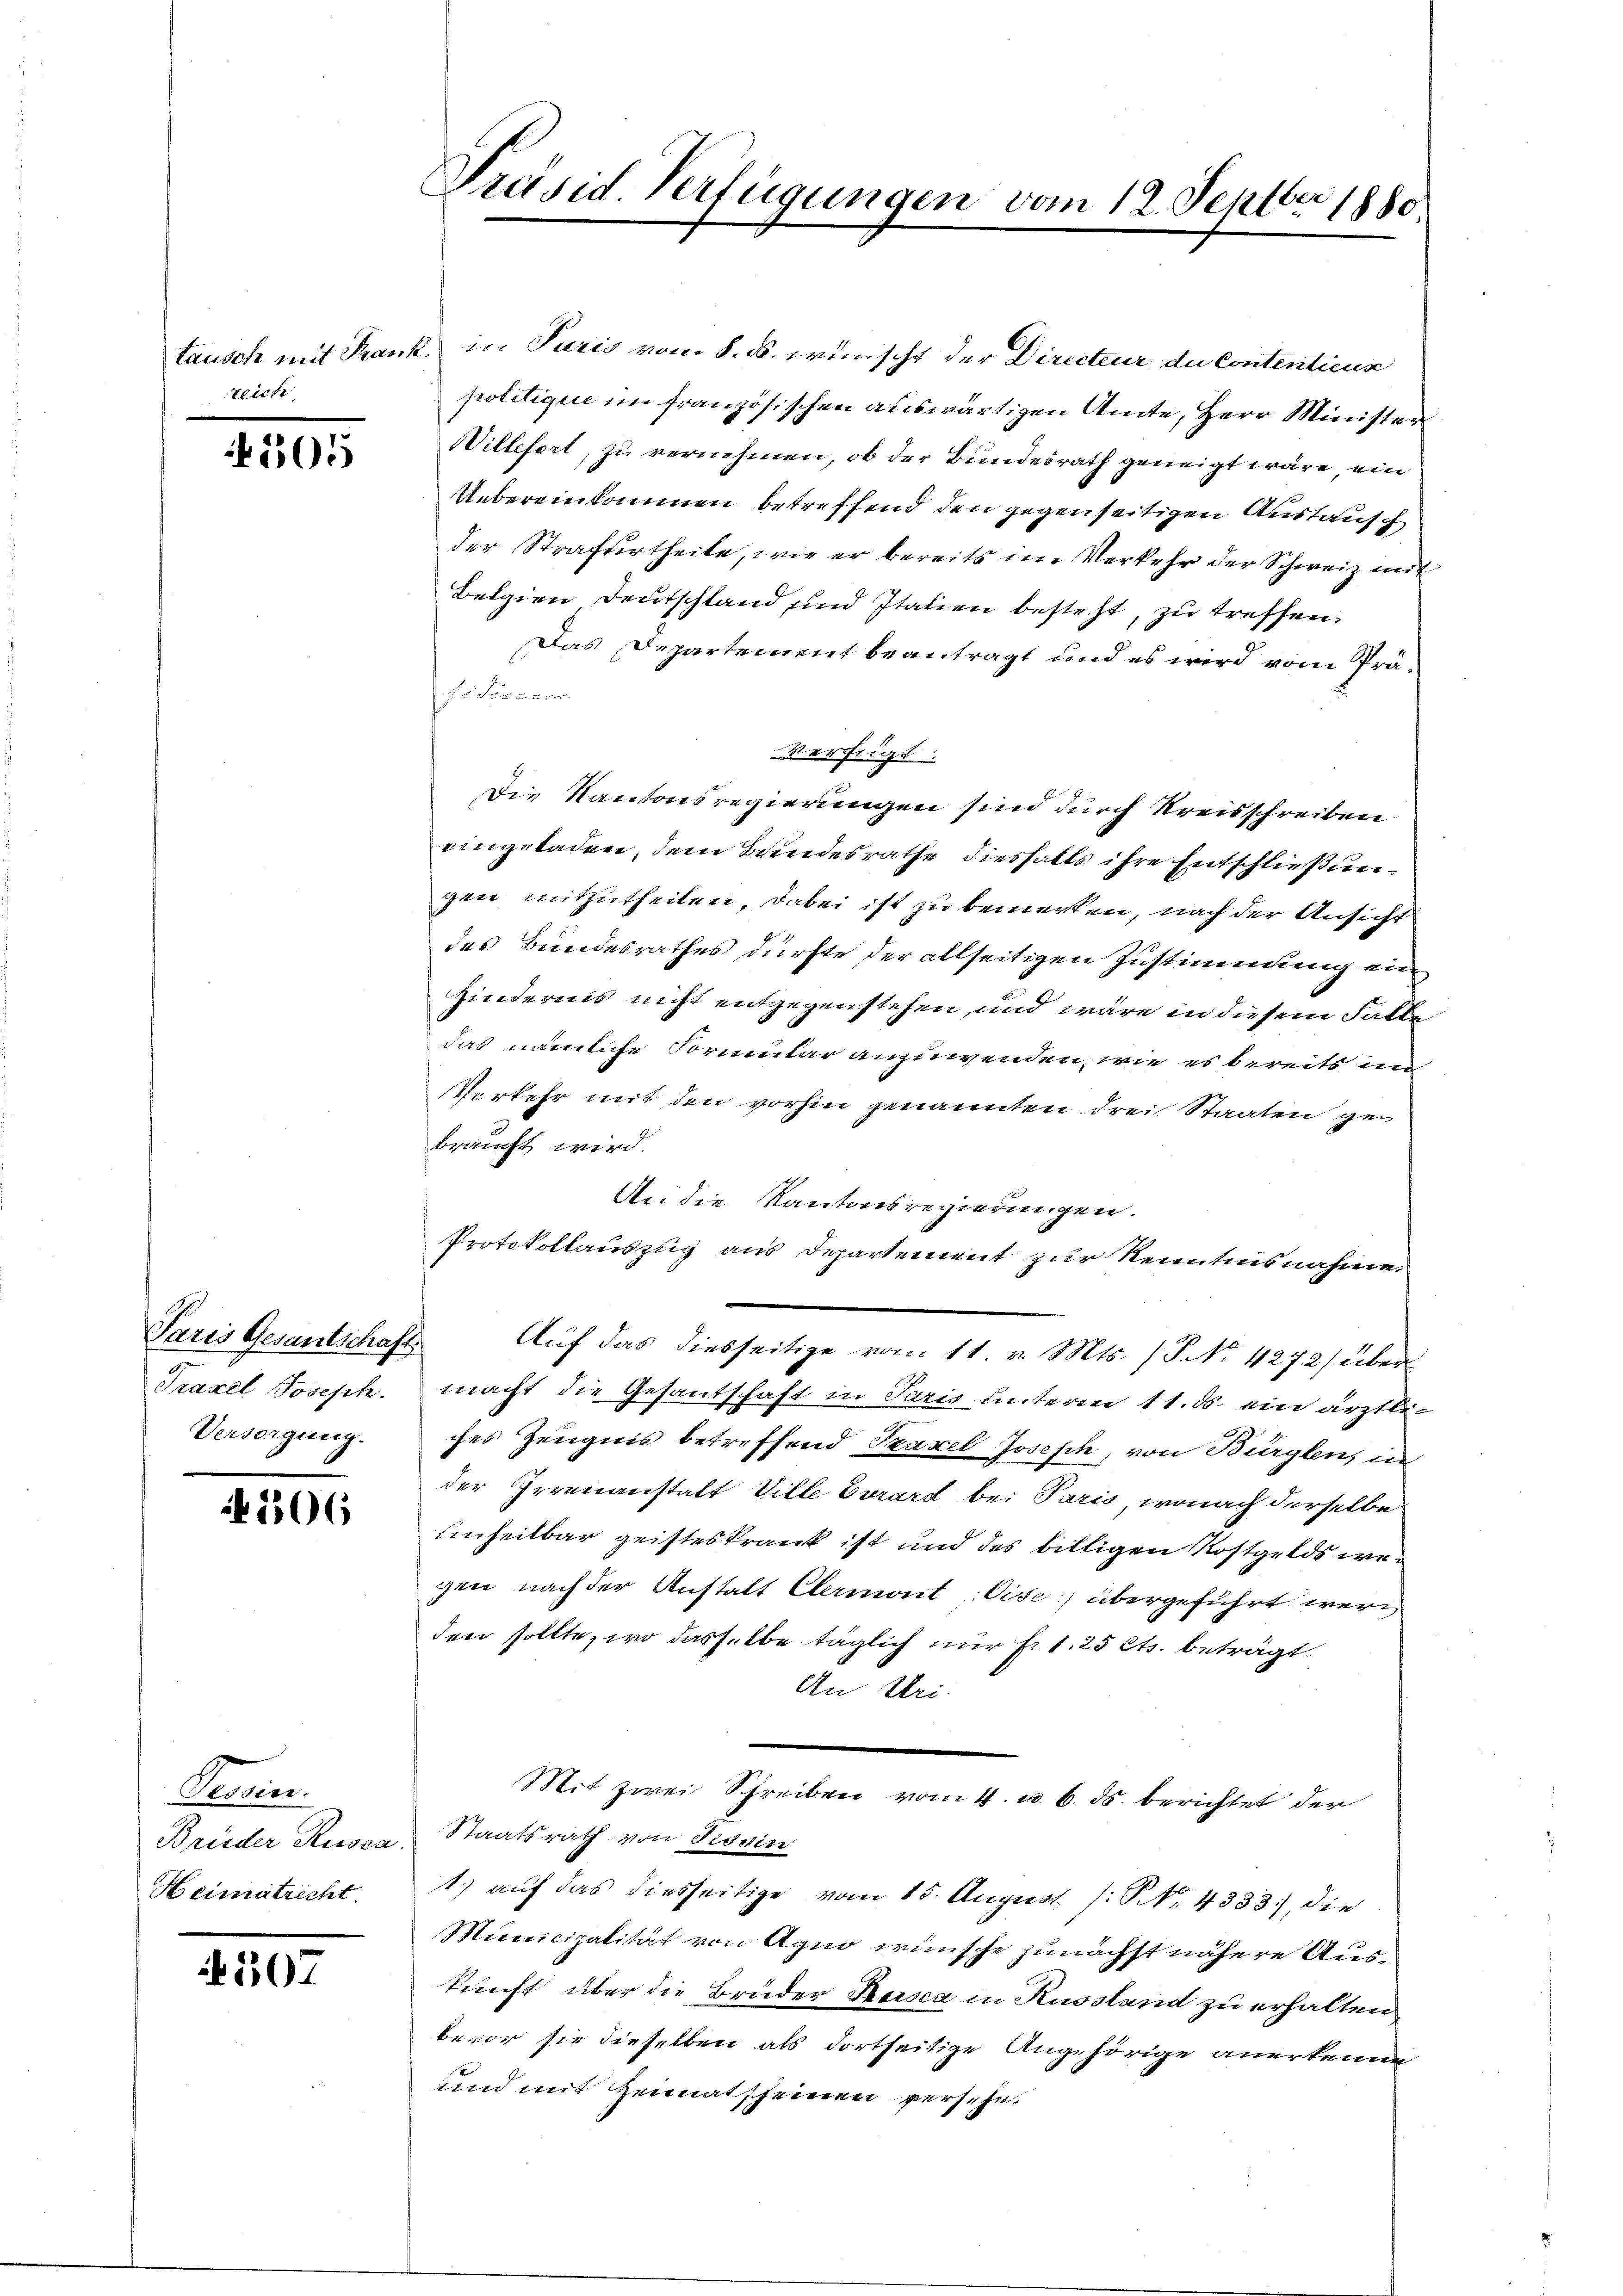
teiche

505

Praxel Joseph.
Versorgung.

506

Tessin.
Brüder Russa
Heimatrecht.

250.

tausch mit Frank in Paris vom 8. ds. wünscht der Directeur du Contentiens
politique im französischen auswärtigen Amte, Herr Ministen
Willefort, zu vernehmen, ob der Bundesrath geneigt wäre, ein
Uebereinkommen betreffend den gegenseitigen Austausch
der Strafurtheile, wie er bereits im Verkehr der Schweiz mit
Belgien Deutschland und Italien besteht, zu treffen.
Das Departement beantragt und es wird vom Prä¬
Fi Pisecon
verfügt:
Die Kantonsregierungen sind durch Kreisschreiben
eingeladen, dem Bundesrathe diesfalls ihre Entschließungen mitzutheilen, dabei ist zu bemerken, nach der Ansicht
des Bundesrathes dürfte der allseitigen Zustimmung ein
Hindernis nicht entgegenstehen, und wäre in diesem Falle
das nämliche Formular anzuwenden, wie es bereits un
Verkehr mit den vorhin genannten drei Staaten gebraucht wird.
An die Kantonsregierungen.
Protokollauszug aus Departement zur Kenntnisnahme
Paris Gesantschaft. Auf das diesseitige vom 11. v. Mts. (T. No. 4272) übermacht die Gesantschaft in Paris unterm 11. ds. ein ärztliches Zeugnis betreffend Traxel Joseph, von Bürglen, in
der Irrenanstalt Ville Vorard bei Paris, wonach derselbe
Einheilbar geisteskrank ist und des billigen Rostgelds wegen nach der Anstatt Clermont. Vise) übergeführt werd
den sollte, wo dasselbe täglich nur Fr. 1. 25 Cts. beträgt
An Uri.
Mit zwei Schreiben vom 4. u. 6. ds. berichtet der
Staatsrath von Fisdin
1) auf das diesseitige vom 15. August /: NNo. 4333), die
Municipalität von Agno wünsche zunächst nähere Auskunft über die Brüder Kasca in Russland zu erhalten,
bevor sie dieselben als dortseitige Angehörige anerkenne
und mit Heimatscheinen versehe¬

Präsid. Verfügungen vom 12. Septbr 1880.